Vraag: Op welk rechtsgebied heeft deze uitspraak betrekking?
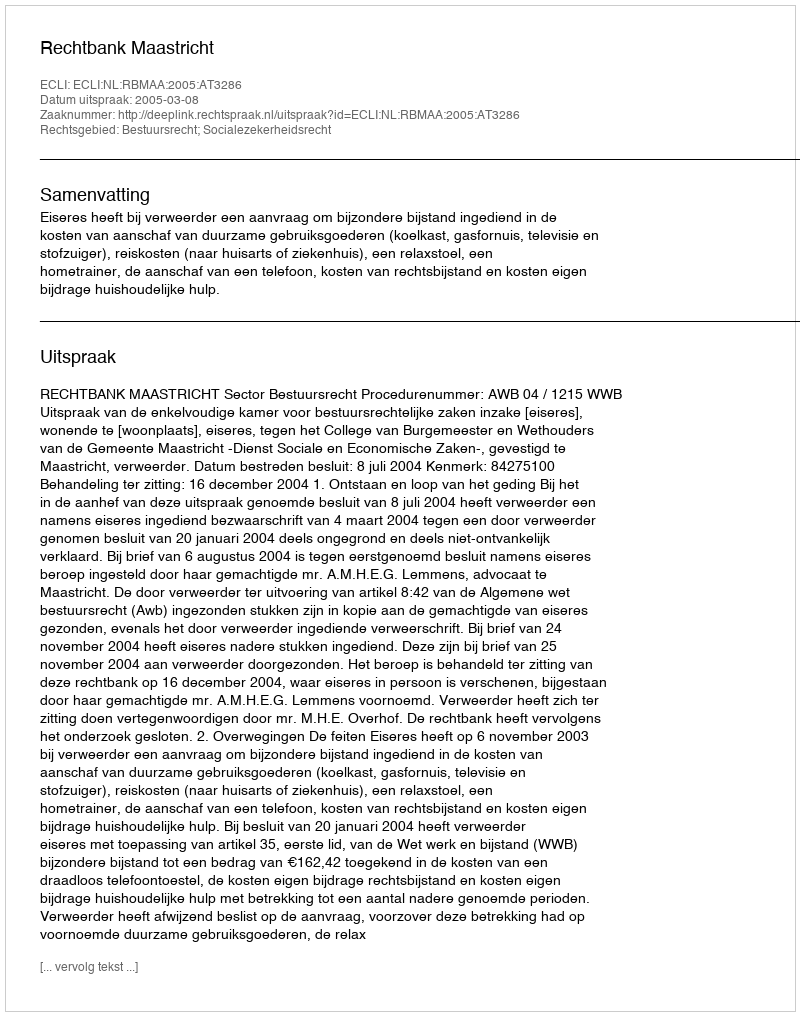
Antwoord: Bestuursrecht; Socialezekerheidsrecht